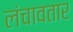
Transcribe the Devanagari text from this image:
लंचावतार